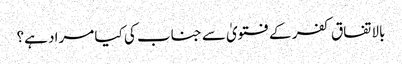
بالاتفاق کفر کے فتویٰ سے جناب کی کیا مراد ہے؟